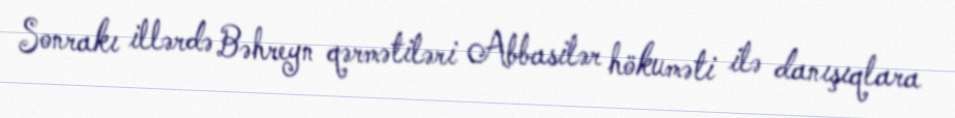
Sonrakı illərdə Bəhreyn qərmətiləri Abbasilər hökuməti ilə danışıqlara